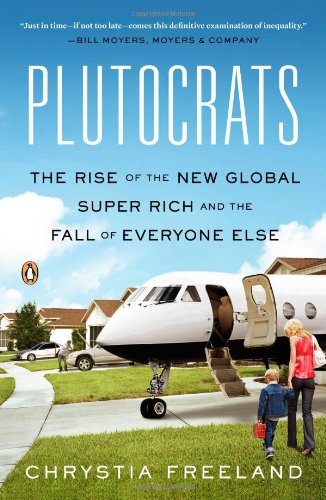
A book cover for Plutocrats: The Rise of the New Global Super-Rich and the Fall of Everyone Else; Chrystia Freeland; Politics & Social Sciences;